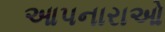
આપનારાઓ